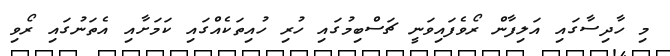
މި ހާދިސާގައި އަލިފާން ރޯވެފައިވަނީ ޗަސްބިމުގައި ހުރި ހުއިތަކެއްގައި ކަމަށާއި އެތަނުގައި ރޯވި